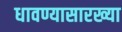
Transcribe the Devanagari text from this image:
धावण्यासारख्या